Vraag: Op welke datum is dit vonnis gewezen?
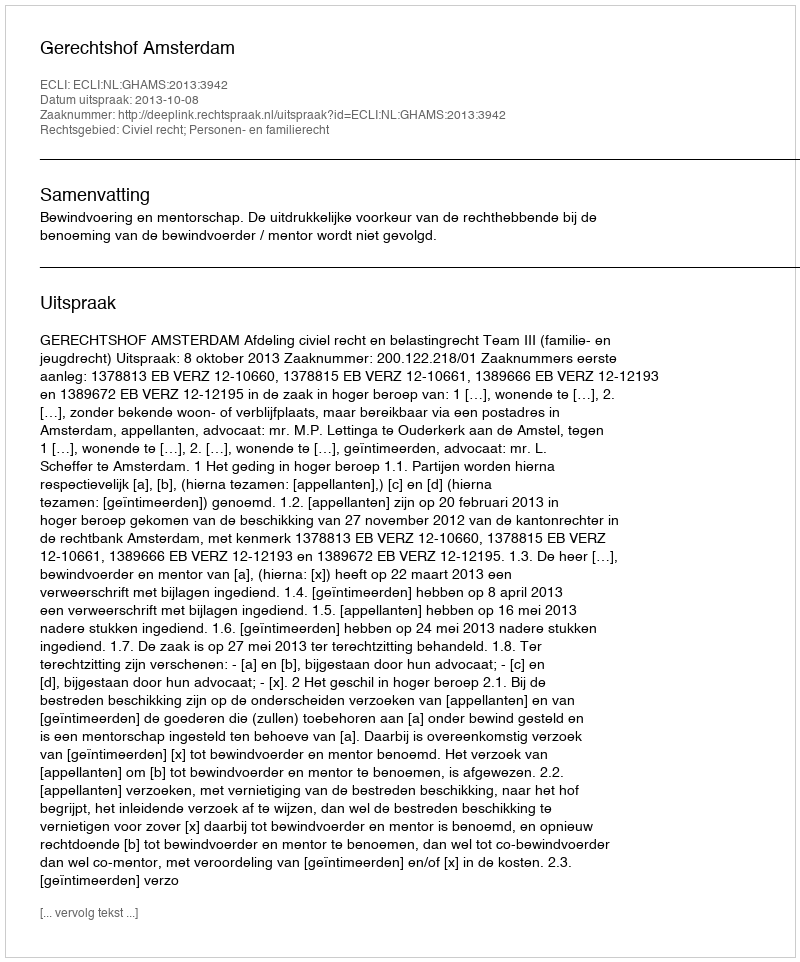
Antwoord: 2013-10-08